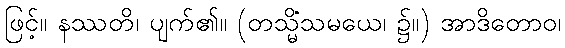
ဖြင့်။ နဿတိ၊ ပျက်၏။ (တသ္မိံသမယေ၊ ၌။) အာဒိတောဝ၊